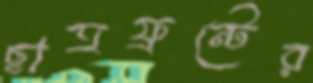
ছাত্রফ্রন্টের